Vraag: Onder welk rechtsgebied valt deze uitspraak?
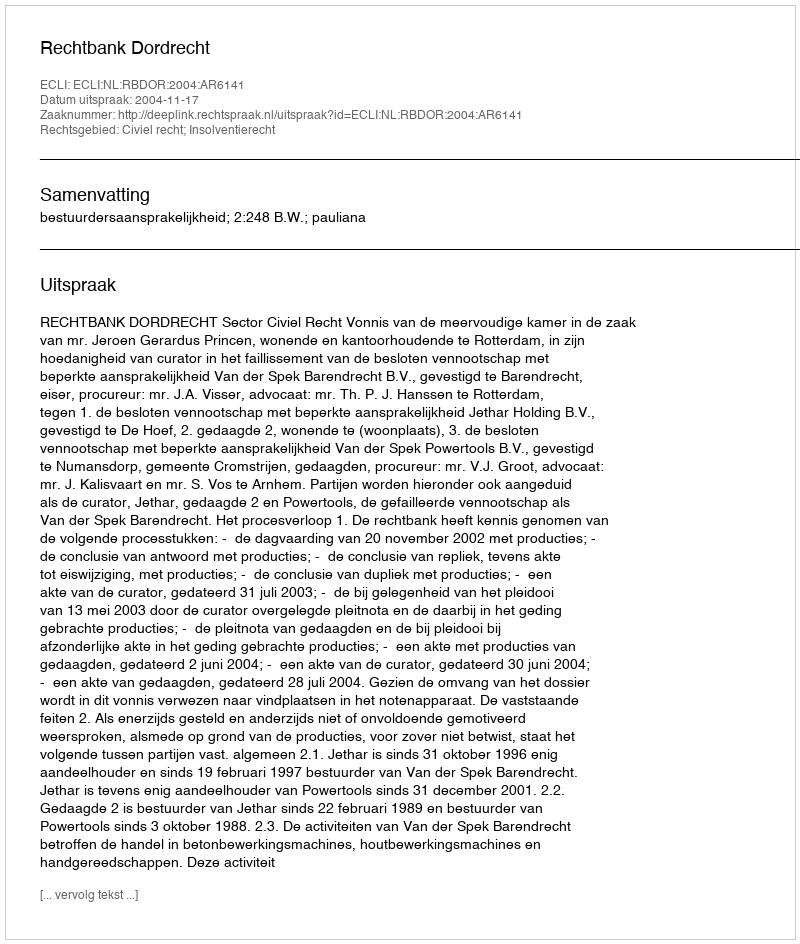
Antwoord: Civiel recht; Insolventierecht